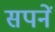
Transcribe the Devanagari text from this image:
सपनें